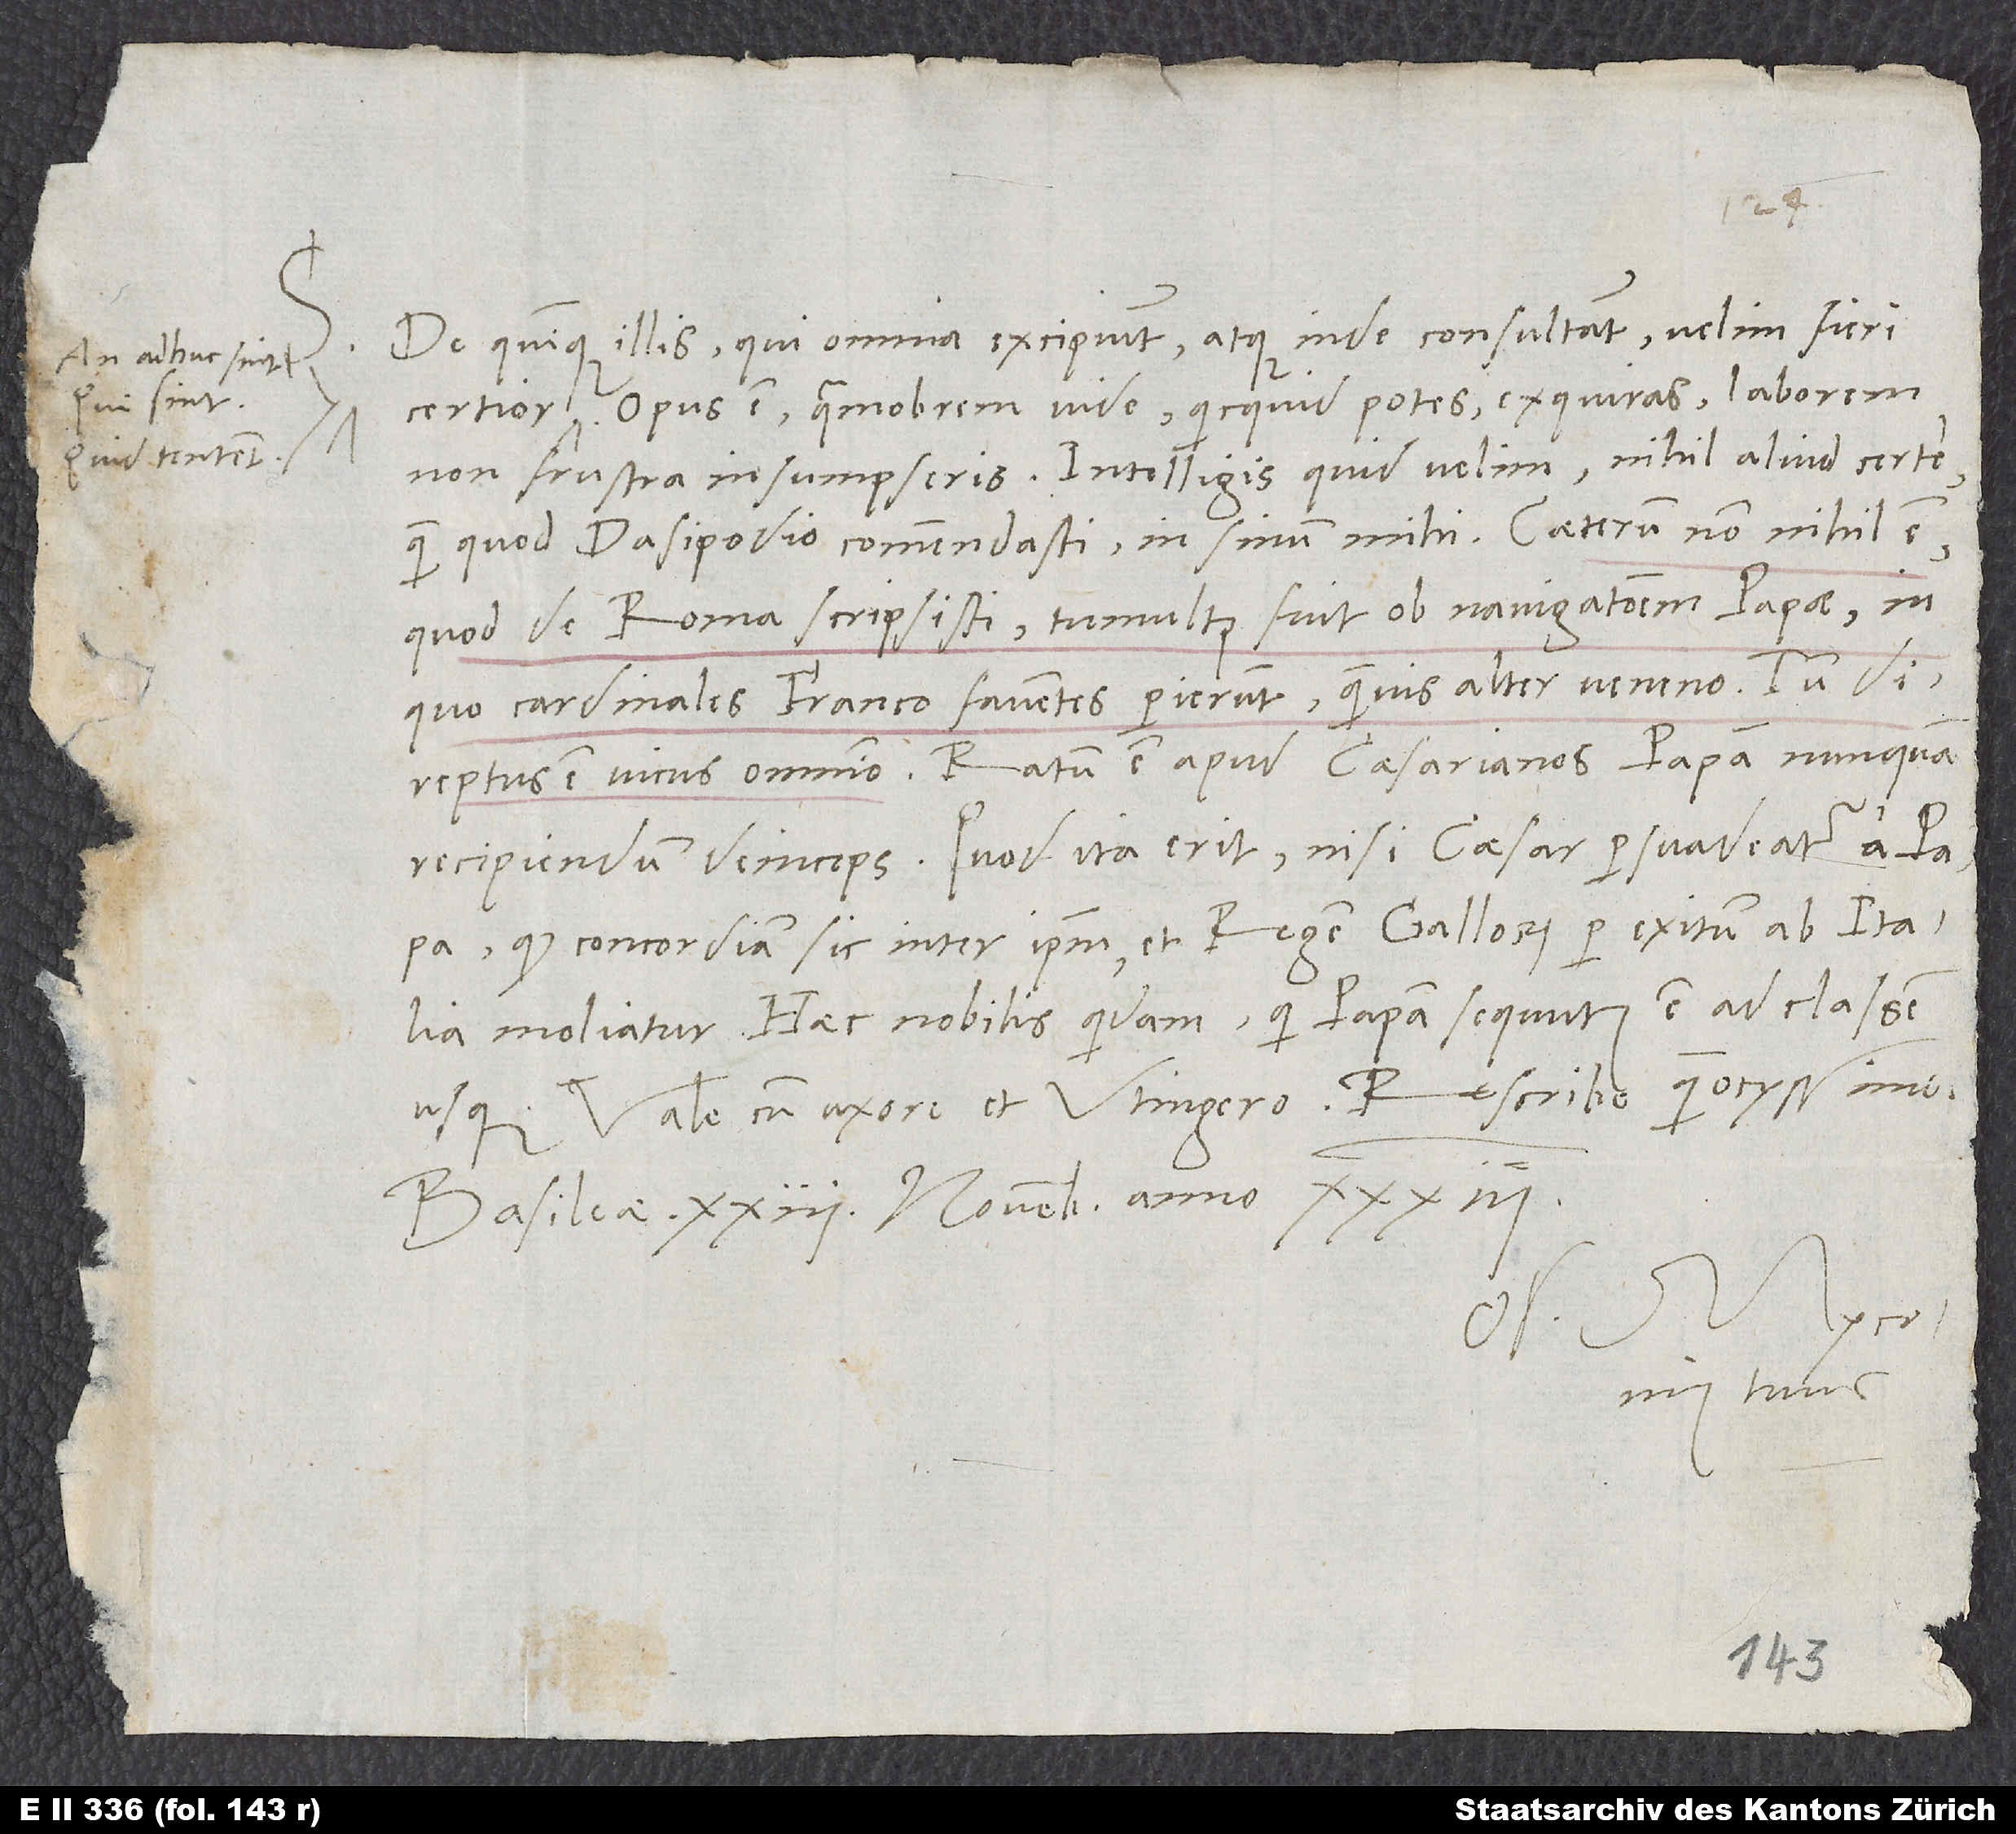
an adhuc sint,
qui sint,
quid tentent.

De quinque illis, qui omnia excipiunt atque inde consultant, velim fieri
Opus est. Quamobrem vide, quicquid potes, exquiras. Laborem
non frustra insumpseris. Intelligis, quid velim: nihil aliud certe,
quod de Roma scripsisti. Tumultus fuit ob navigationem papae, in
quo cardinales Franco faventes perierunt, quamvis alter veneno. Tum
direptus est vicus omnino. Ratum est apud caesarianos papam nunquam
recipiendum deinceps. Quod ita erit, nisi caesar persuadeatur a papa,
quod concordiam sic inter ipsum et regem Gallorum per exitum ab Italia
moliatur. Haec nobilis quidam, qui papam sequutus est ad classem
Vale cum uxore et Utingero. Rescribe quam ocyssime.
Basileae, 23. novembris anno 33.
Os.
tuus.